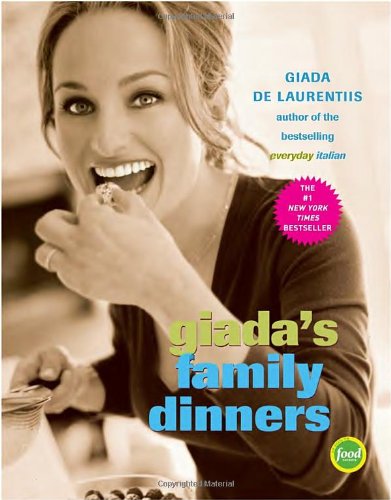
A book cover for Giada's Family Dinners; Giada De Laurentiis; Cookbooks, Food & Wine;